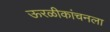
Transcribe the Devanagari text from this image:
ऊरळीकांचनला